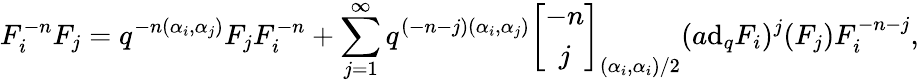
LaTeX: F_{i}^{-n}F_{j}=q^{-n(\alpha_{i},\alpha_{j})}F_{j}F_{i}^{-n}+\sum_{j=1}^{\infty}q^{(-n-j)(\alpha_{i},\alpha_{j})}\left[\begin{array}{c}{{-n}}\\ {{j}}\end{array}\right]_{(\alpha_{i},\alpha_{i})/2}(a\mathrm{d}_{q}F_{i})^{j}(F_{j})F_{i}^{-n-j},